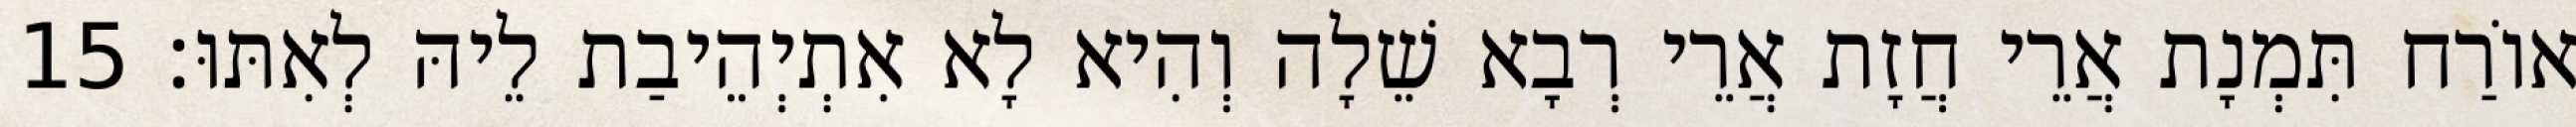
אוֹרַח תִּמְנָת אֲרֵי חֲזָת אֲרֵי רְבָא שֵׁלָה וְהִיא לָא אִתְיְהֵיבַת לֵיהּ לְאִתּוּ׃ 15